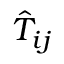
\hat { T } _ { i j }